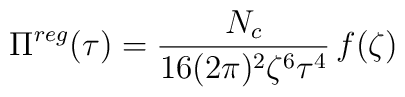
\Pi ^{reg}(\tau )=  \frac{N_{c}}{16(2\pi )^{2}\zeta ^{6}\tau ^{4}}\,f(\zeta )